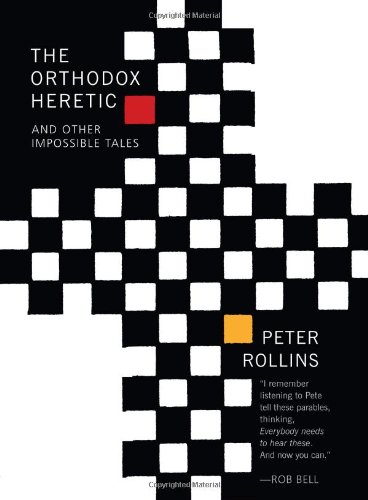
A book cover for The Orthodox Heretic: And Other Impossible Tales; Peter Rollins; Christian Books & Bibles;